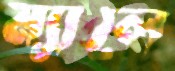
ম্যালে